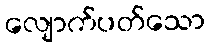
လျောက်ပတ်သော